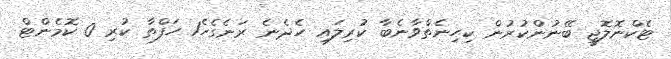
ޓެކްނޮލޮޖީ ބޭނުންކުރުން ކިހިނެތްވާނެބާ ކުރިލައި ހެދެނެ ރަނެގެހެ1 ހަފްތާ ކުރި 0 ކޮމެންޓް